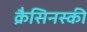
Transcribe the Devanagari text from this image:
क्रैसिनस्की